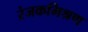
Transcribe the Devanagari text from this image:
रंजकमिश्रण